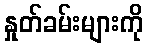
နှုတ်ခမ်းများကို